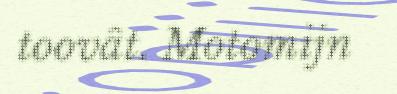
toovât. Motomijn